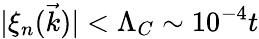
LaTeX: |\xi_{n}(\vec{k})|<\Lambda_{C}\sim 10^{-4}t